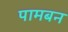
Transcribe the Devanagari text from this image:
पामबन